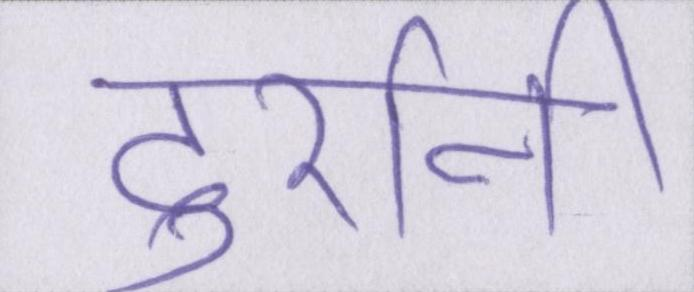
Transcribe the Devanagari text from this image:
दुर्रानी